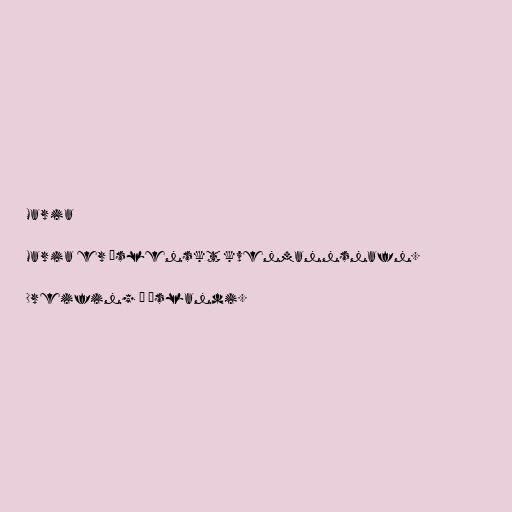
Maria

Maria er íslenskt kvenmannsnafn.

Dreifing á Íslandi.